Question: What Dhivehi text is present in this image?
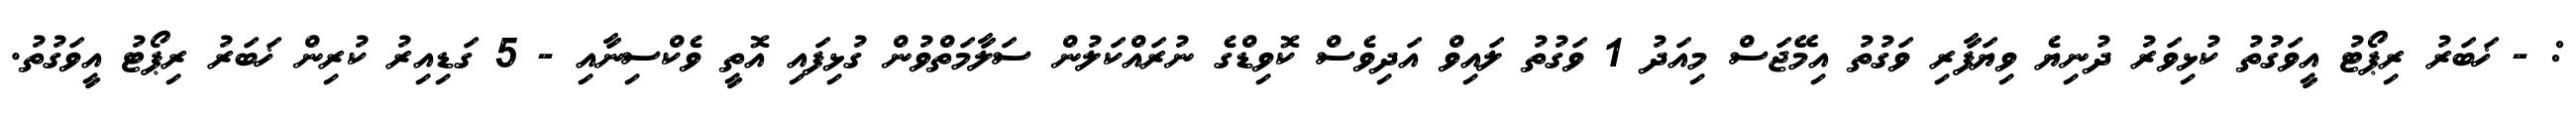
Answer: : - ޚަބަރު ރިޕޯޓު އީވަގުތު ކުޅިވަރު ދުނިޔެ ވިޔަފާރި ވަގުތު އިމޭޖަސް މިއަދު 1 ވަގުތު ލައިވް އަދިވެސް ކޮވިޑްގެ ނުރައްކަލުން ސަލާމަތްވުން ގުޅިފައި އޮތީ ވެކްސިނާއި - 5 ގަޑިއިރު ކުރިން ޚަބަރު ރިޕޯޓު އީވަގުތު.